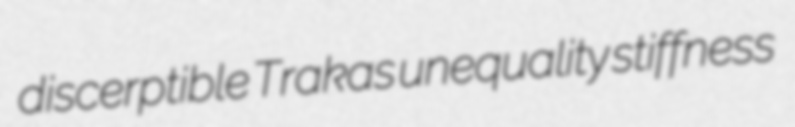
discerptible Trakas unequality stiffness